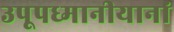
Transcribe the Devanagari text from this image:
उपूपध्मानीयानां